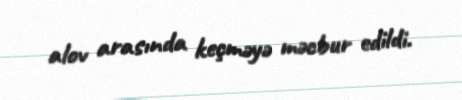
alov arasında keçməyə məcbur edildi.